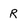
Character: R